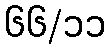
၆၆/၁၁